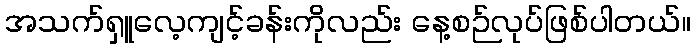
အသက်ရှူလေ့ကျင့်ခန်းကိုလည်း နေ့စဉ်လုပ်ဖြစ်ပါတယ်။